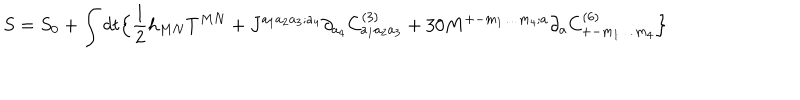
S = S _ { 0 } + \int d t \Big \{ { \frac { 1 } { 2 } } h _ { M N } T ^ { M N } + J ^ { a _ { 1 } a _ { 2 } a _ { 3 } ; a _ { 4 } } \partial _ { a _ { 4 } } C _ { a _ { 1 } a _ { 2 } a _ { 3 } } ^ { ( 3 ) } + 3 0 M ^ { + - m _ { 1 } \ldots m _ { 4 } ; a } \partial _ { a } C _ { + - m _ { 1 } \ldots m _ { 4 } } ^ { ( 6 ) } \Big \}